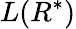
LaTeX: L(R^{*})